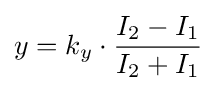
y=k_{y}\cdot {\frac {I_{2}-I_{1}}{I_{2}+I_{1}}}